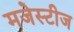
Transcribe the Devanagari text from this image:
मजेस्टीज